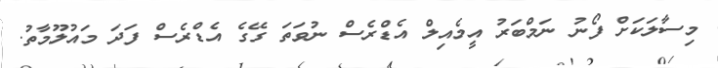
މިސާލަކަށް ފޯނު ނަމްބަރު އީމެއިލް އެޑްރެސް ނުވަތަ ގޭގެ އެޑްރެސް ފަދަ މައުލޫމާތު.